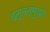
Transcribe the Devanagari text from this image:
हनूमन्मुखाः